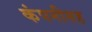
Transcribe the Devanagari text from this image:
कंपनीसह